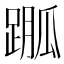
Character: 𨃆